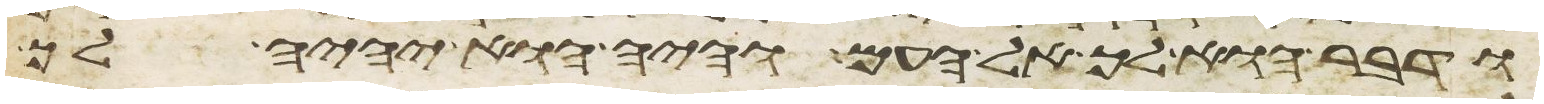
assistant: ודבר הוא לך אל העם והיה הוא יהיה לך